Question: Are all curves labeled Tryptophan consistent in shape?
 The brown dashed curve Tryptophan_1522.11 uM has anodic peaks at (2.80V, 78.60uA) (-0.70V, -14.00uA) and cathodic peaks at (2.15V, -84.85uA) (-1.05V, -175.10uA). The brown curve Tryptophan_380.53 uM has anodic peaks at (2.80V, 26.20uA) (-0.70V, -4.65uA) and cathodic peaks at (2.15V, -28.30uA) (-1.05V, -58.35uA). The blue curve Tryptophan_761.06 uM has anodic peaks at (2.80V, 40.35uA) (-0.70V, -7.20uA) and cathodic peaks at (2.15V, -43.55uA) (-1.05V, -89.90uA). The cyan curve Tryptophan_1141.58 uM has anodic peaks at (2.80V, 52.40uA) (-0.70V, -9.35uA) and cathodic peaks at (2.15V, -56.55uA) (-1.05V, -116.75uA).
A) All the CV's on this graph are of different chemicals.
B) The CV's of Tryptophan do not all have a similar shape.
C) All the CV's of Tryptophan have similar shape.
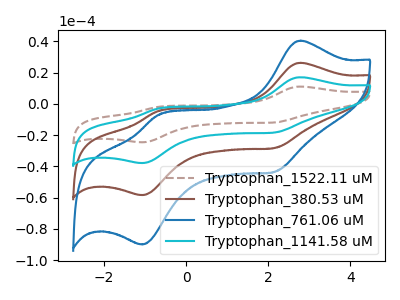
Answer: <think>All the peaks in "Tryptophan_1522.11 uM" have a peak in "Tryptophan_380.53 uM" at the same potential. All the peaks in "Tryptophan_1522.11 uM" have a peak in "Tryptophan_761.06 uM" at the same potential. All the peaks in "Tryptophan_1522.11 uM" have a peak in "Tryptophan_1141.58 uM" at the same potential. All the peaks in "Tryptophan_380.53 uM" have a peak in "Tryptophan_761.06 uM" at the same potential. All the peaks in "Tryptophan_380.53 uM" have a peak in "Tryptophan_1141.58 uM" at the same potential. All the peaks in "Tryptophan_761.06 uM" have a peak in "Tryptophan_1141.58 uM" at the same potential.
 </think>
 <answer>C) All the CV's of "Tryptophan" have similar shape.</answer>
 <eval>C</eval>